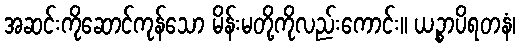
အဆင်းကိုဆောင်ကုန်သော မိန်းမတို့ကိုလည်းကောင်း။ ယဉ္စာပိရတနံ၊